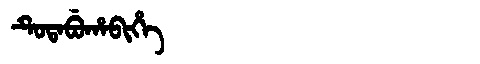
Manchu: ᡨᡠᡨᠠᠪᡠᡥᠠᠪᡳᡥᡝ
Romanization: TUTABUHABIHE